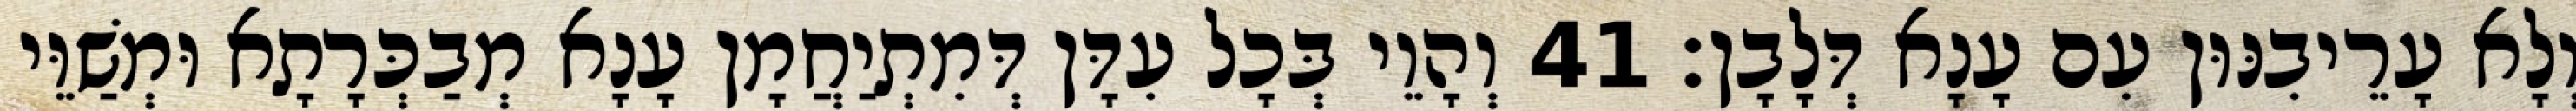
וְלָא עָרֵיבִנּוּן עִם עָנָא דְּלָבָן׃ 41 וְהָוֵי בְּכָל עִדָּן דְּמִתְיַחֲמָן עָנָא מְבַכְּרָתָא וּמְשַׁוֵּי